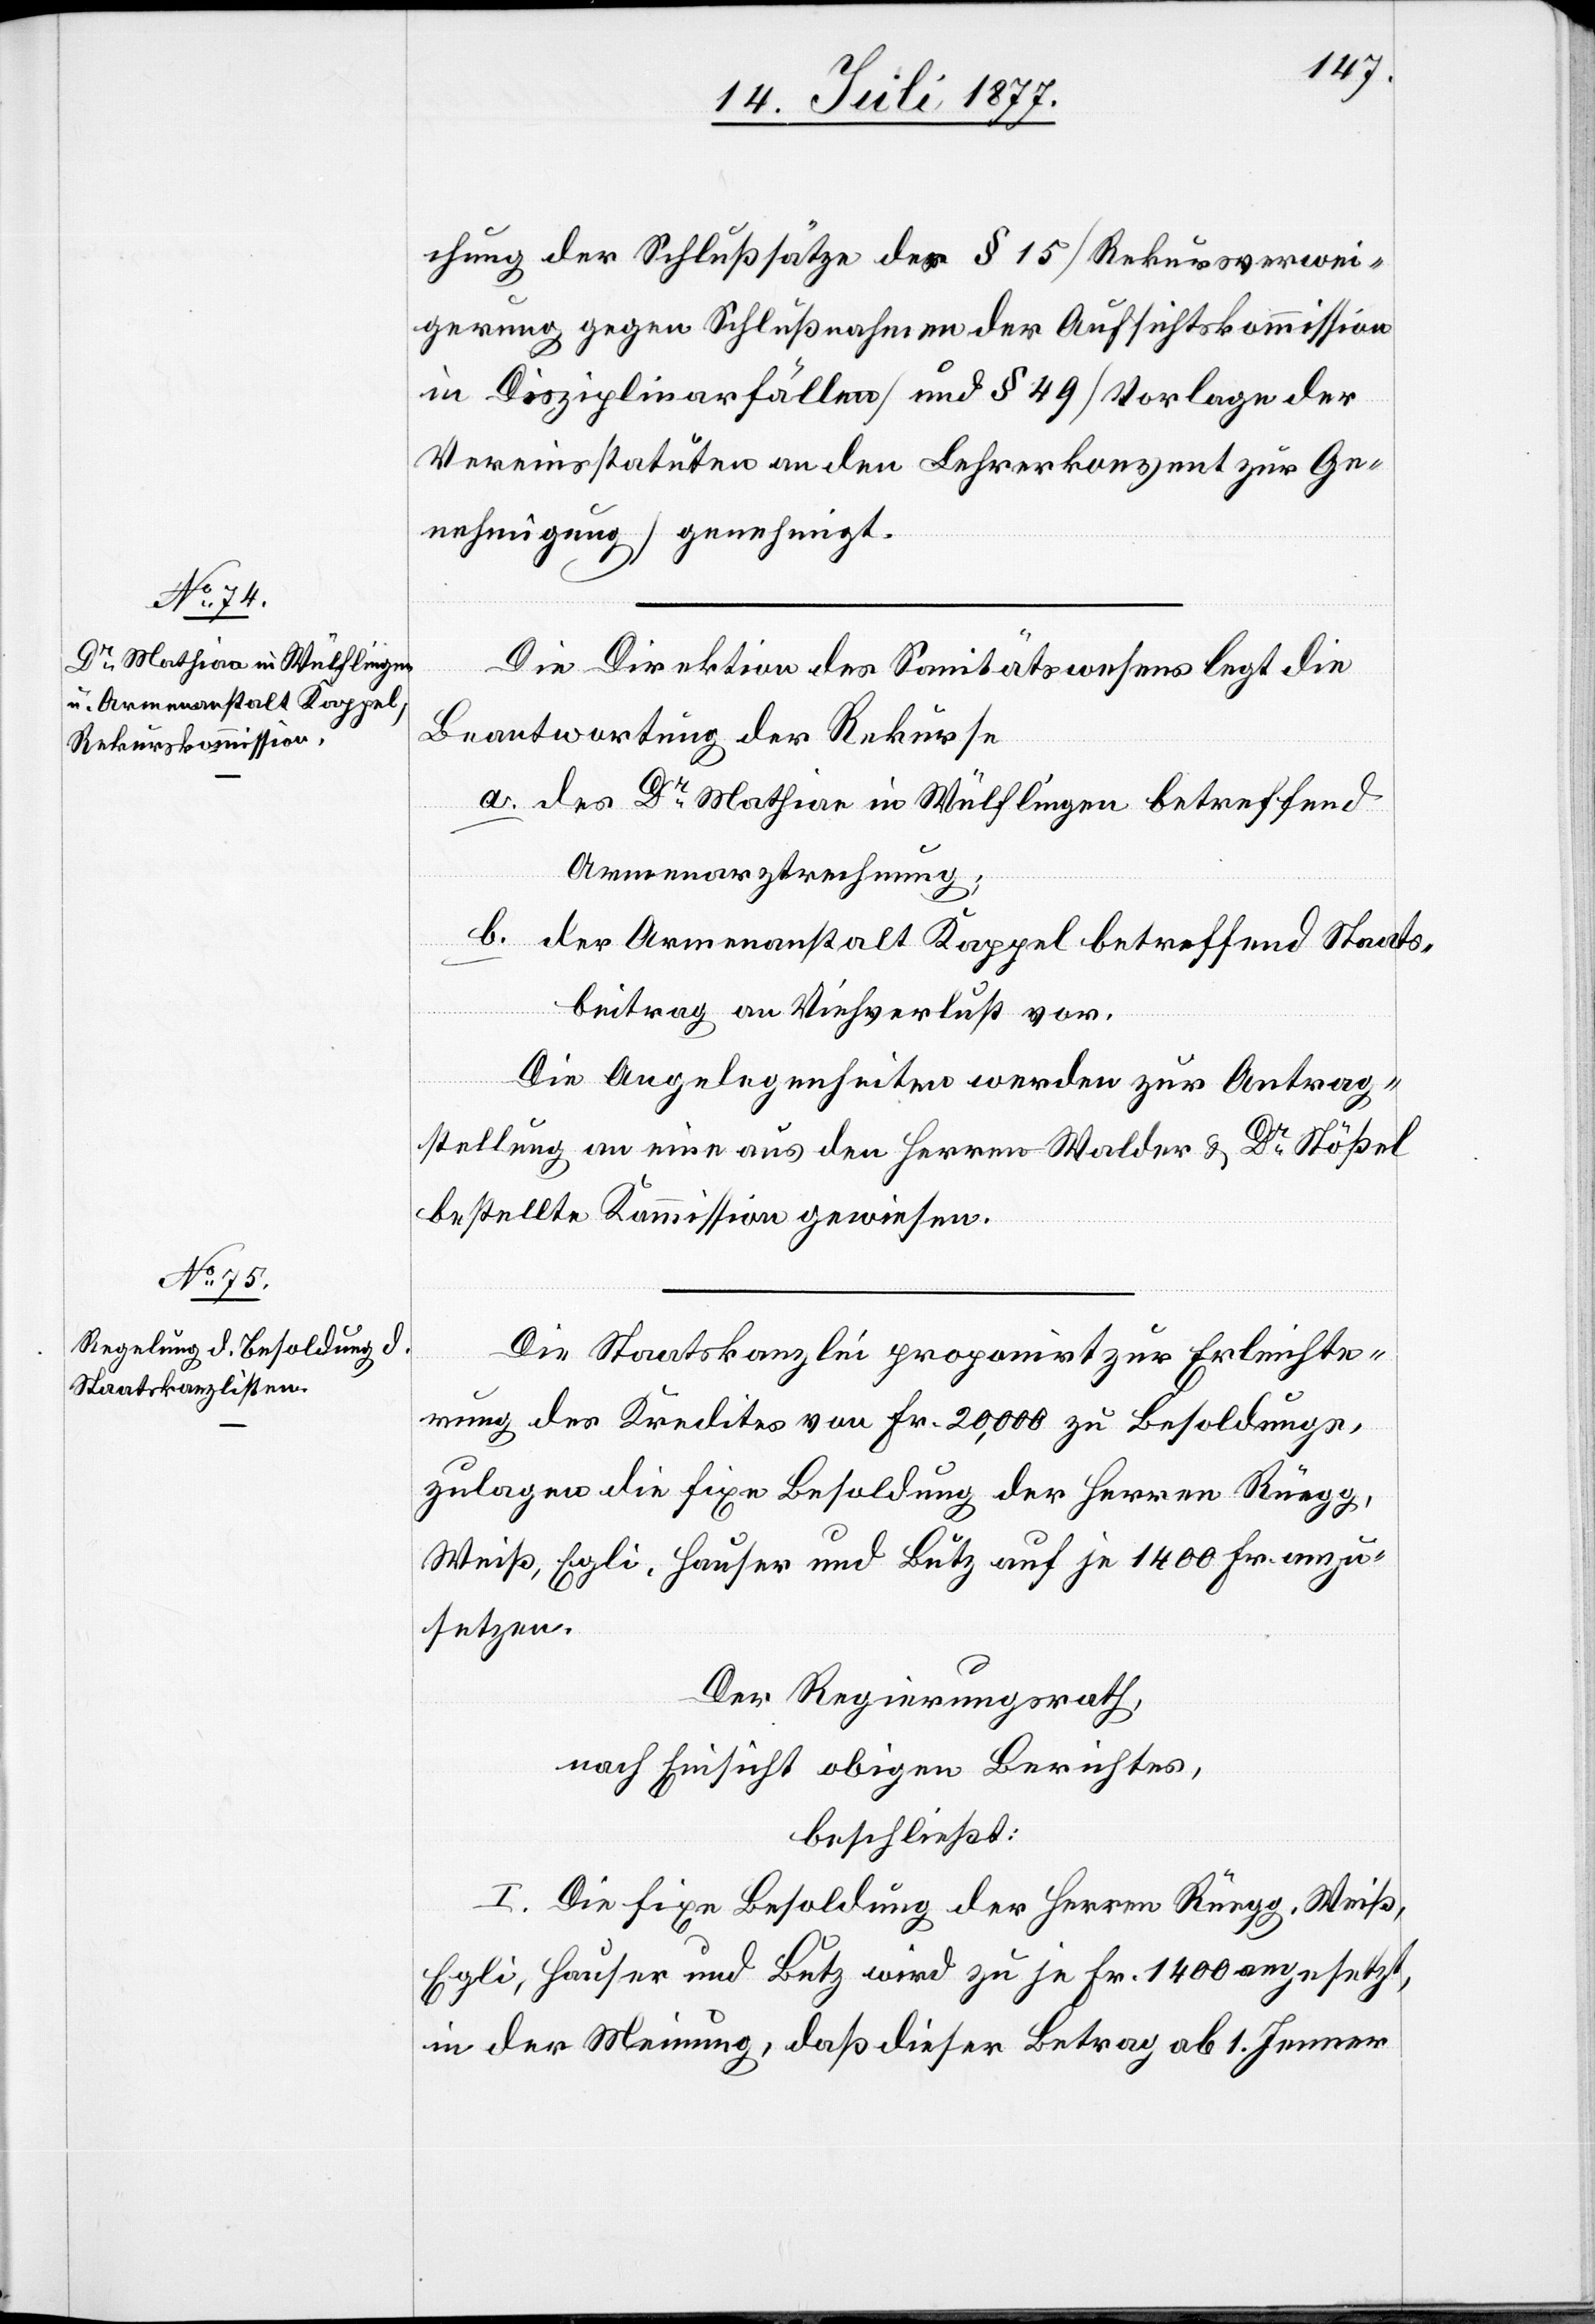
chung der Schlußsätze der § 15 [Rekursverwei¬
gerung gegen Schlußnahmen der Aufsichtskommission
in Disziplinarfällen] und § 49 [Vorlage der
Vereinsstatuten an den Lehrerkonvent zur Ge¬
nehmigung] genehmigt.
Die Direktion des Sanitätswesens legt die
Beantwortung der Rekurse
a.
des Dr Mathiae in Wülflingen betreffend
Armenarztrechnung;
der Armenanstalt Kappel betreffend Staats¬
beitrag an Viehverlust vor.
Die Angelegenheiten werden zur Antrag¬
stellung an eine aus den Herren Walder & Dr Stößel
bestellte Kommission gewiesen.
Die Staatskanzlei proponirt zur Erleichte¬
rung des Kredites von Fr. 20,000 zu Besoldungs¬
zulagen die fixe Besoldung der Herren Rüegg,
Weiß, Egli, Hauser und Butz auf je 1400 Fr. anzu¬
setzen.
Der Regierungsrath,
nach Einsicht obigen Berichtes,
beschließt:
I. Die fixe Besoldung der Herren Rüegg, Weiß,
Egli, Hauser und Butz wird zu je Fr. 1400 angesetzt,
in der Meinung, daß dieser Betrag ab 1. Jenner